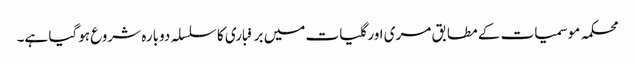
محکمہ موسمیات کے مطابق مری اور گلیات میں برفباری کا سلسلہ دوبارہ شروع ہوگیا ہے۔